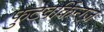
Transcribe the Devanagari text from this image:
फुटवर्किन्ग्ज़